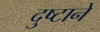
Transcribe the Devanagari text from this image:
दुष्टाने